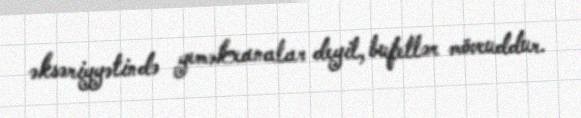
əksəriyyətində yeməkxanalar deyil, bufetlər mövcuddur.